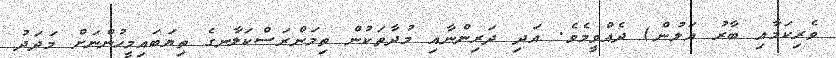
ވެރިކަމާއި ބާރު އަލުން) ދެއްވީމެވެ. އަދި ދަރިންނާއި މުދާތަކުން ތިމަންރަސްކަލާނގެ ތިޔަބައިމީހުންނަށް މަދަދު